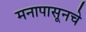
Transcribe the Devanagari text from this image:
मनापासूनचे